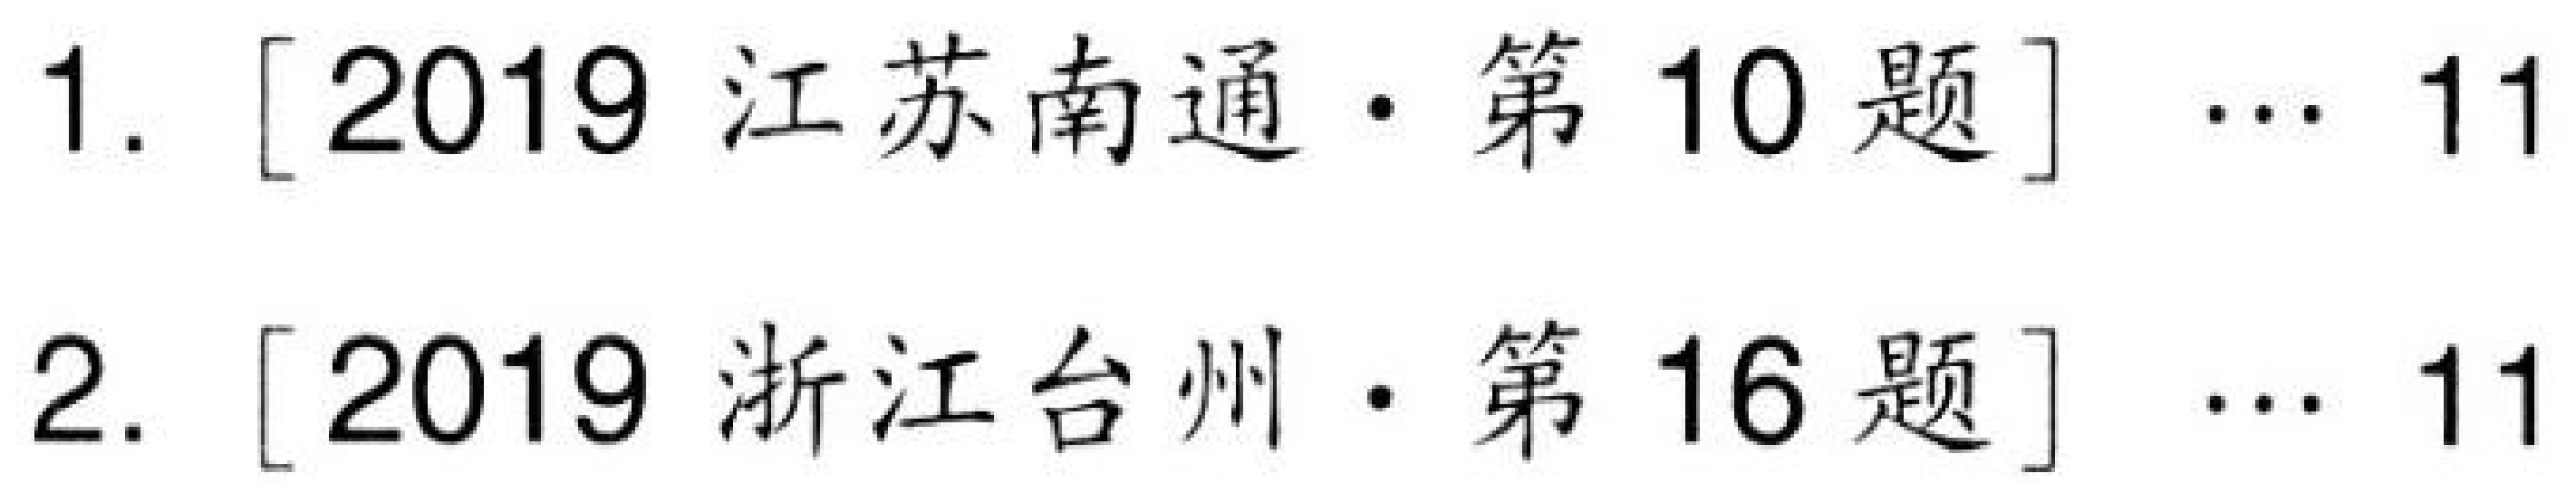
1. [2019 江苏南通·第10题]  ... 11
2. [2019 浙江台州·第16题]  ... 11